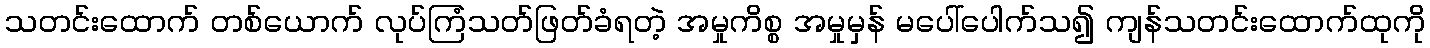
သတင်းထောက် တစ်ယောက် လုပ်ကြံသတ်ဖြတ်ခံရတဲ့ အမှုကိစ္စ အမှုမှန် မပေါ်ပေါက်သ၍ ကျန်သတင်းထောက်ထုကို